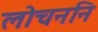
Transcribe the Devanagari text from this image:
लोचननि